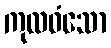
ကုလဝံသော